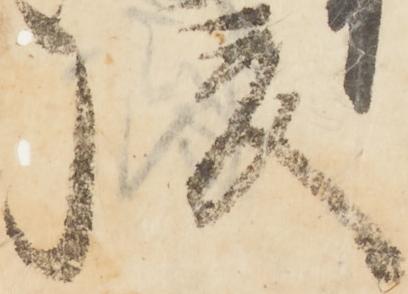
後